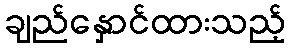
ချည်နှောင်ထားသည့်